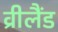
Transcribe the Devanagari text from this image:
व्रीलैंड